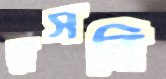
রসবি